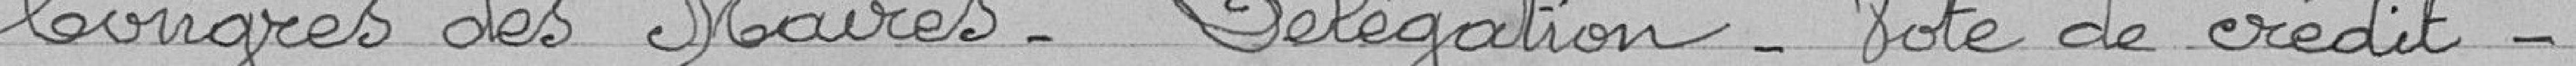
Congrès des Maires - délégation - Note de crédit